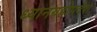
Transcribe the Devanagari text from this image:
ध्यानग्रहोपदेश